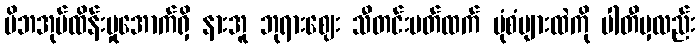
မိဘအုပ်ထိန်းမှုအောက်ရှိ နားအူ ဘုရားဈေး သီတင်းပတ်ထက် ပုံစံများထဲကို ပါတီမှလည်း